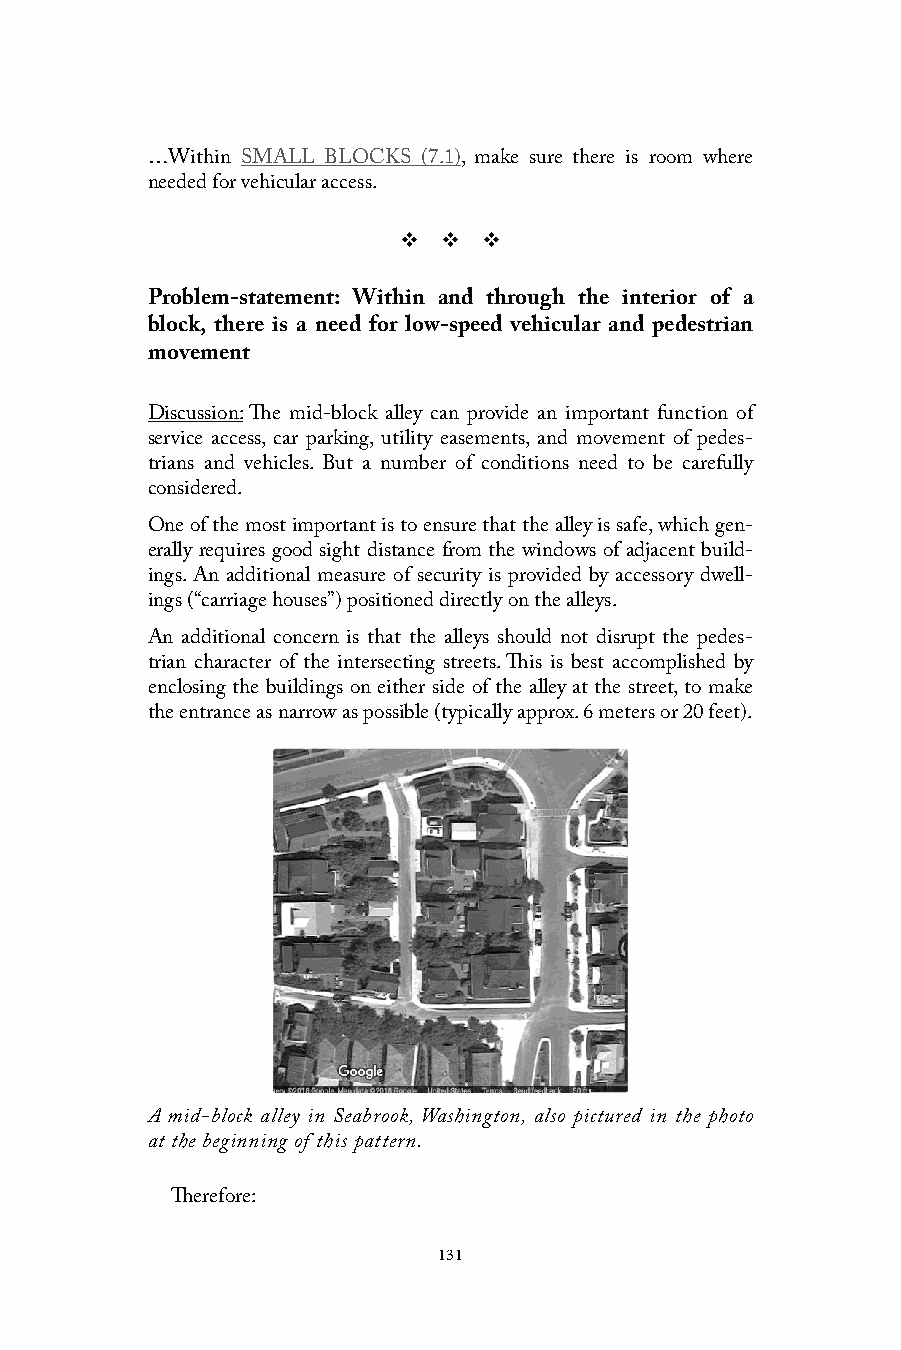
…Within SMALL BLOCKS (7.1), make sure there is room where
 needed for vehicular access.
 v  v  v
 Problem-statement: Within and through the interior of a
 block, there is a need for low-speed vehicular and pedestrian
 movement
 Discussion: The mid-block alley can provide an important function of
 service access, car parking, utility easements, and movement of pedes-
 trians and vehicles. But a number of conditions need to be carefully
 considered.
 One of the most important is to ensure that the alley is safe, which gen-
 erally requires good sight distance from the windows of adjacent build-
 ings. An additional measure of security is provided by accessory dwell-
 ings (“carriage houses”) positioned directly on the alleys.
 An additional concern is that the alleys should not disrupt the pedes-
 trian character of the intersecting streets. This is best accomplished by
 enclosing the buildings on either side of the alley at the street, to make
 the entrance as narrow as possible (typically approx. 6 meters or 20 feet).
 A mid-block alley in Seabrook, Washington, also pictured in the photo
 at the beginning of this pattern.
 Therefore:
 131